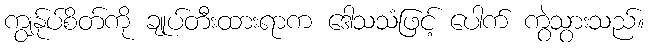
ကျွန်ုပ်စိတ်ကို ချုပ်တီးထားရာက ဒေါသသံဖြင့် ပေါက် ကွဲသွားသည်။